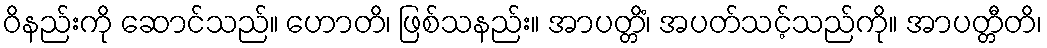
ဝိနည်းကို ဆောင်သည်။ ဟောတိ၊ ဖြစ်သနည်း။ အာပတ္တိံ၊ အပတ်သင့်သည်ကို။ အာပတ္တီတိ၊